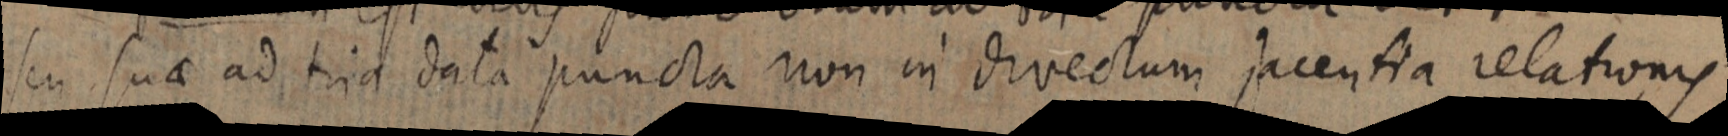
seu suae ad tria data puncta non in directum jacentia relationis